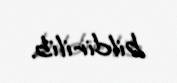
bildirilib.